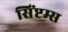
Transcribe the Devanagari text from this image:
सिंप्टम्स